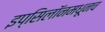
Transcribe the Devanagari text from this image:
इप्सिलॉनमधूनच